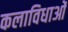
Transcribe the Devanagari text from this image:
कलाविधाओं